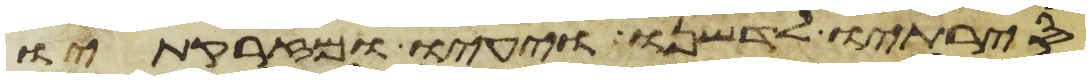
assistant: סירתיו לדשנו ויעיו ומזרקתיו